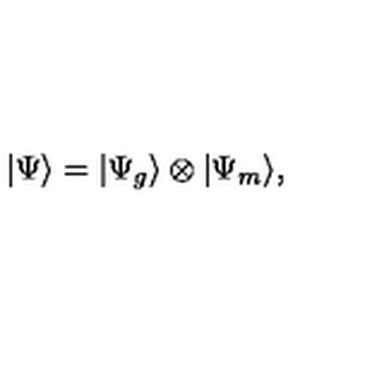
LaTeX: | \Psi \rangle = | \Psi _ { g } \rangle \otimes | \Psi _ { m } \rangle ,